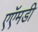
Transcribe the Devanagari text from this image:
एऍमडी